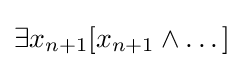
\exists x_{n+1}[x_{n+1}\land \dots ]